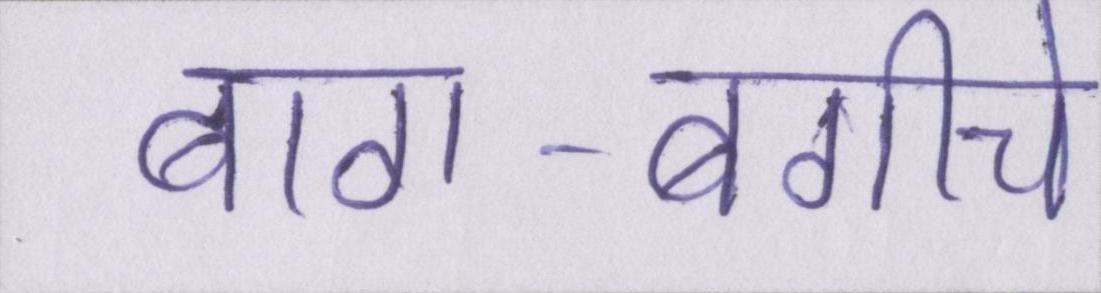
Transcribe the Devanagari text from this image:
बाग-बगीचे